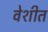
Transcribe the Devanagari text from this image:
वेशीत